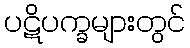
ပဋိပက္ခများတွင်